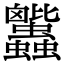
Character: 𧖕